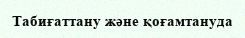
Табиғаттану және қоғамтануда